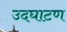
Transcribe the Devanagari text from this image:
उदघाटण